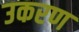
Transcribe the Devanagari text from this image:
उकरण